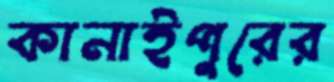
কানাইপুরের